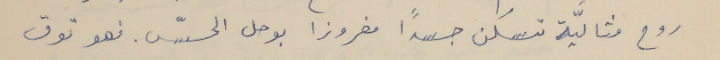
روح مثاليَّة تسكن جسداً مغروزا بوحل الحسّ. فهو توق